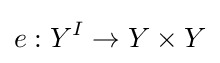
e:Y^{I}\to Y\times Y